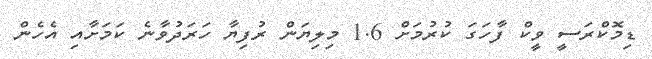
ޑިމޮކްރަސީ ވީކް ފާހަގަ ކުރުމަށް 1.6 މިލިޔަން ރުފިޔާ ހަރަދުވާނެ ކަމަށާއި އެހެން